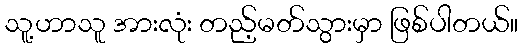
သူ့ဟာသူ အားလုံး တည့်မတ်သွားမှာ ဖြစ်ပါတယ်။